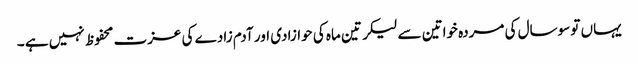
یہاں تو سوسال کی مردہ خواتین سے لیکر تین ماہ کی حوازادی اور آدم زادے کی عزت محفوظ نہیں ہے ۔